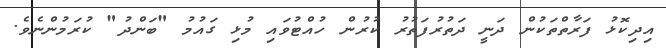
އިދިކޮޅު ފަރާތްތަކުން ދަނީ ދަތުރުފަތުރު ކުރުން ހުއްޓުވައި މުޅި ގައުމު "ބަންދު" ކުރަމުންނެވެ.